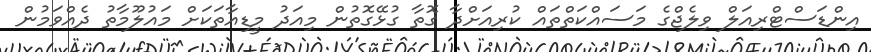
އިންޑަސްޓްރިއަލް ވިލެޖްގެ މަސައްކަތްތައް ކުރިއަށްދާ ގޮތާ ގުޅޭގޮތުން މިއަދު މީޑިއާތަކަށް މައުލޫމާތު ދެއްވަމުން